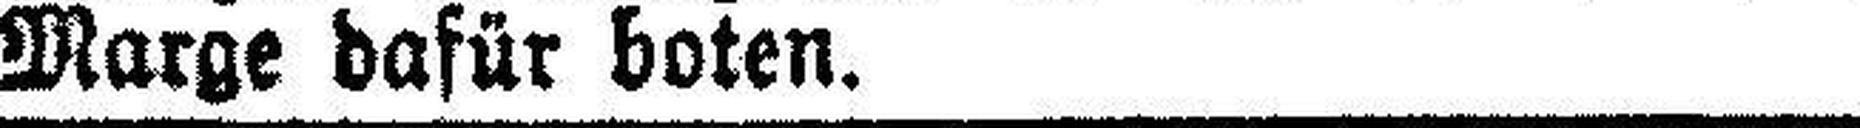
Marge dafür boten.